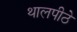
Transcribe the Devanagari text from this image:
थालपीठे